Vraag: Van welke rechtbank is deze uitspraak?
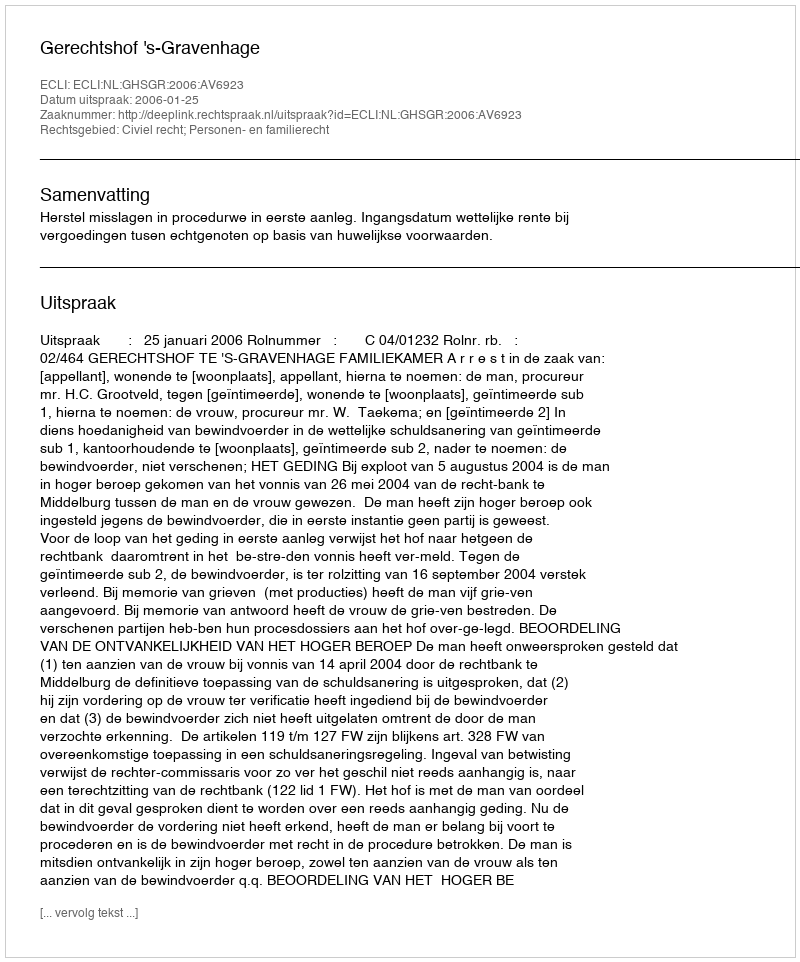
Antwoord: Gerechtshof 's-Gravenhage